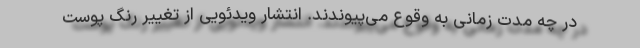
در چه مدت زمانی به وقوع می‌پیوندند. انتشار ویدئویی از تغییر رنگ پوست